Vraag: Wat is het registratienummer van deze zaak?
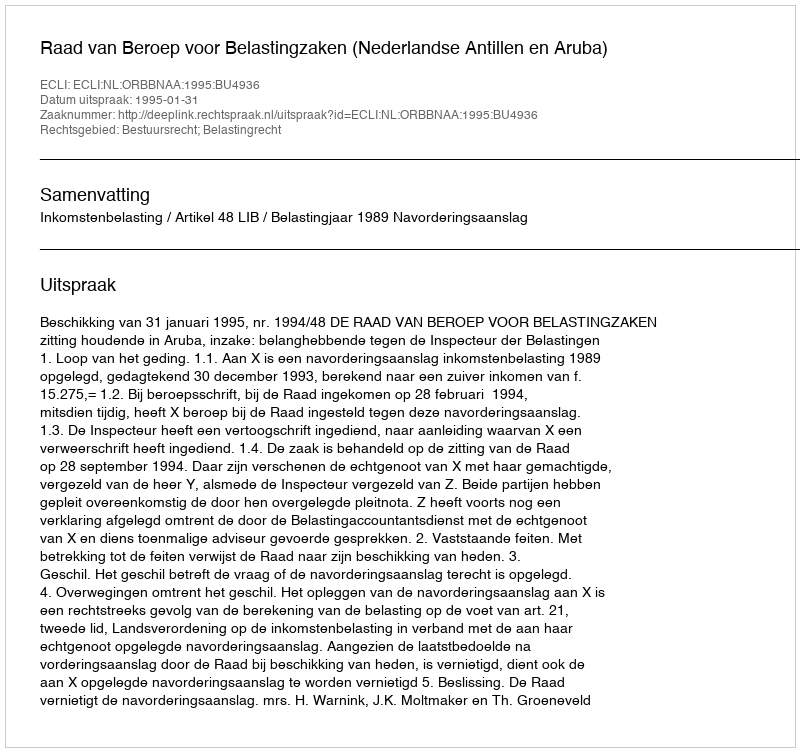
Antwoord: http://deeplink.rechtspraak.nl/uitspraak?id=ECLI:NL:ORBBNAA:1995:BU4936